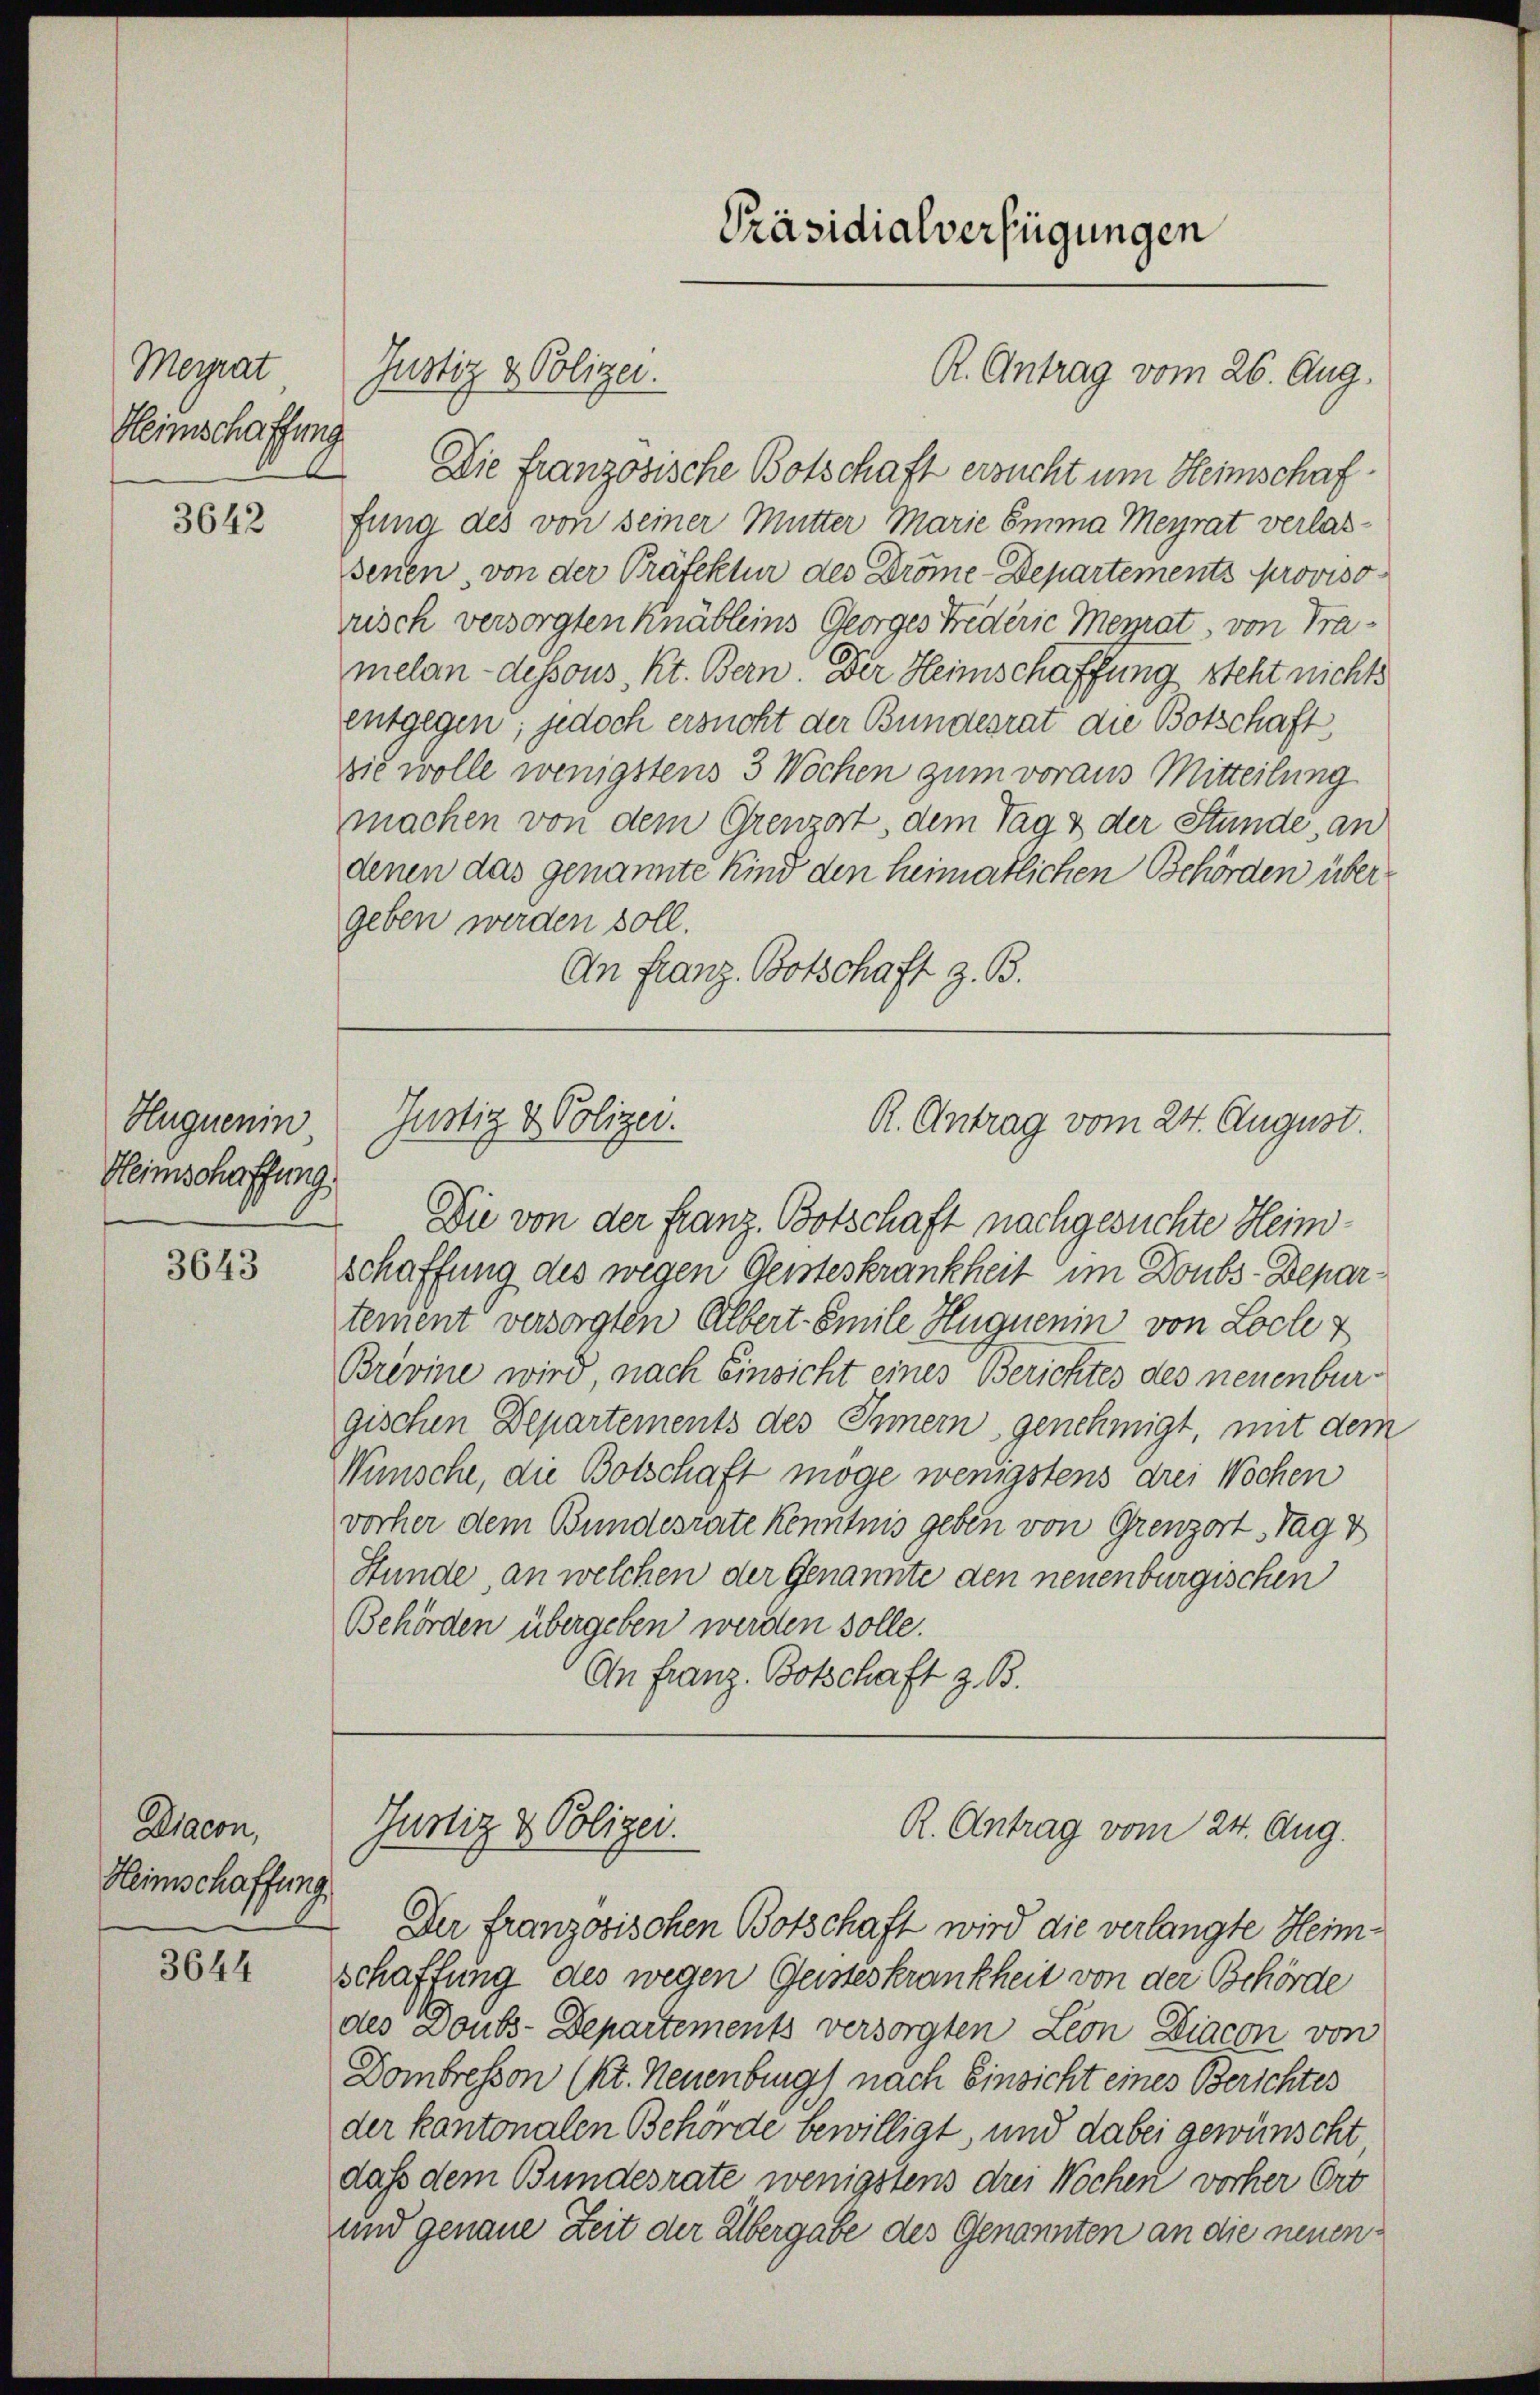
Meyrat
Heimschaffung

3642

Huguenin
Heimschaffung.

3643

Diacon,
Heimschaffung

3644

Justiz & Polizei.
Die französische Botschaft ersucht um Heimschaf
fung des von seiner Mutter Marie Emma Meyrat verlassenen, von der Präfektur des Dröme-Departements proviso
risch versorgten Knäbleins Georges Friderie Menrat von Tramelan-dessous, Kt. Bern. Der Heimschaffung steht nichts
entgegen; jedoch ersucht der Bundesrat die Botschaft,
sie wolle wenigstens 3 Wochen zum voraus Mitteilung
machen von dem Grenzart, dem Tag & der Stunde, an
denen das genannte Kind den heimatlichen Behörden übergeben werden soll.
An Franz Botschaft z. B.

Justiz & Polizei.

Präsidialverfügungen

R. Antrag vom 26. Aug.

R. Antrag vom 24. August.

Die von der Franz Botschaft nachgesuchte Heimschaffung des wegen Geisteskrankheit im Doubs-Departement versorgten Albert-Smile Huguenin von Loche z
Brevine wird nach Einsicht eines Berichtes des neuenburgischen Departements des Innern genehmigt, mit dem
Wüsche, die Botschaft möge wenigstens drei Wochen
vorher dem Bundesrate Kenntnis geben von Grenzort Tag v
Stunde an welchen der Genannte den neuenburgischen
Behörden übergeben werden solle.
An Franz Botschaft z. B.

Justiz & Polizei.
R. Antrag vom 24. Aug.
Der französischen Botschaft wird die verlangte Heim¬

schaffung des wegen Geisteskrankheit von der Behörde
des Doubs-Departements versorgten Leon Diacon von
Dombresson (kt. Neuenburg) nach Einsicht eines Berichtes
der kantonalen Behörde bewilligt, und dabei gewünscht
dass dem Bundesrate wenigstens drei Wochen vorher Ort
und genaue Zeit der Übergabe des Genannten an die neuen